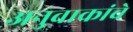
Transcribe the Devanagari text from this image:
अनुवाकांचे